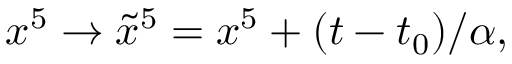
x ^ { 5 } \to \tilde { x } ^ { 5 } = x ^ { 5 } + ( t - t _ { 0 } ) / \alpha ,